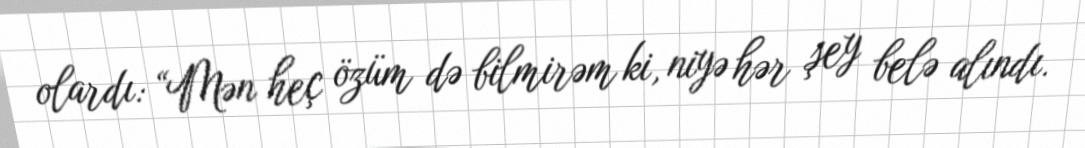
olardı: “Mən heç özüm də bilmirəm ki, niyə hər şey belə alındı.